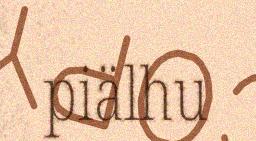
piälhu